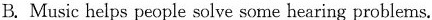
B. Music helps people solve some hearing problems.